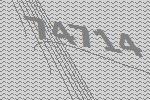
74714